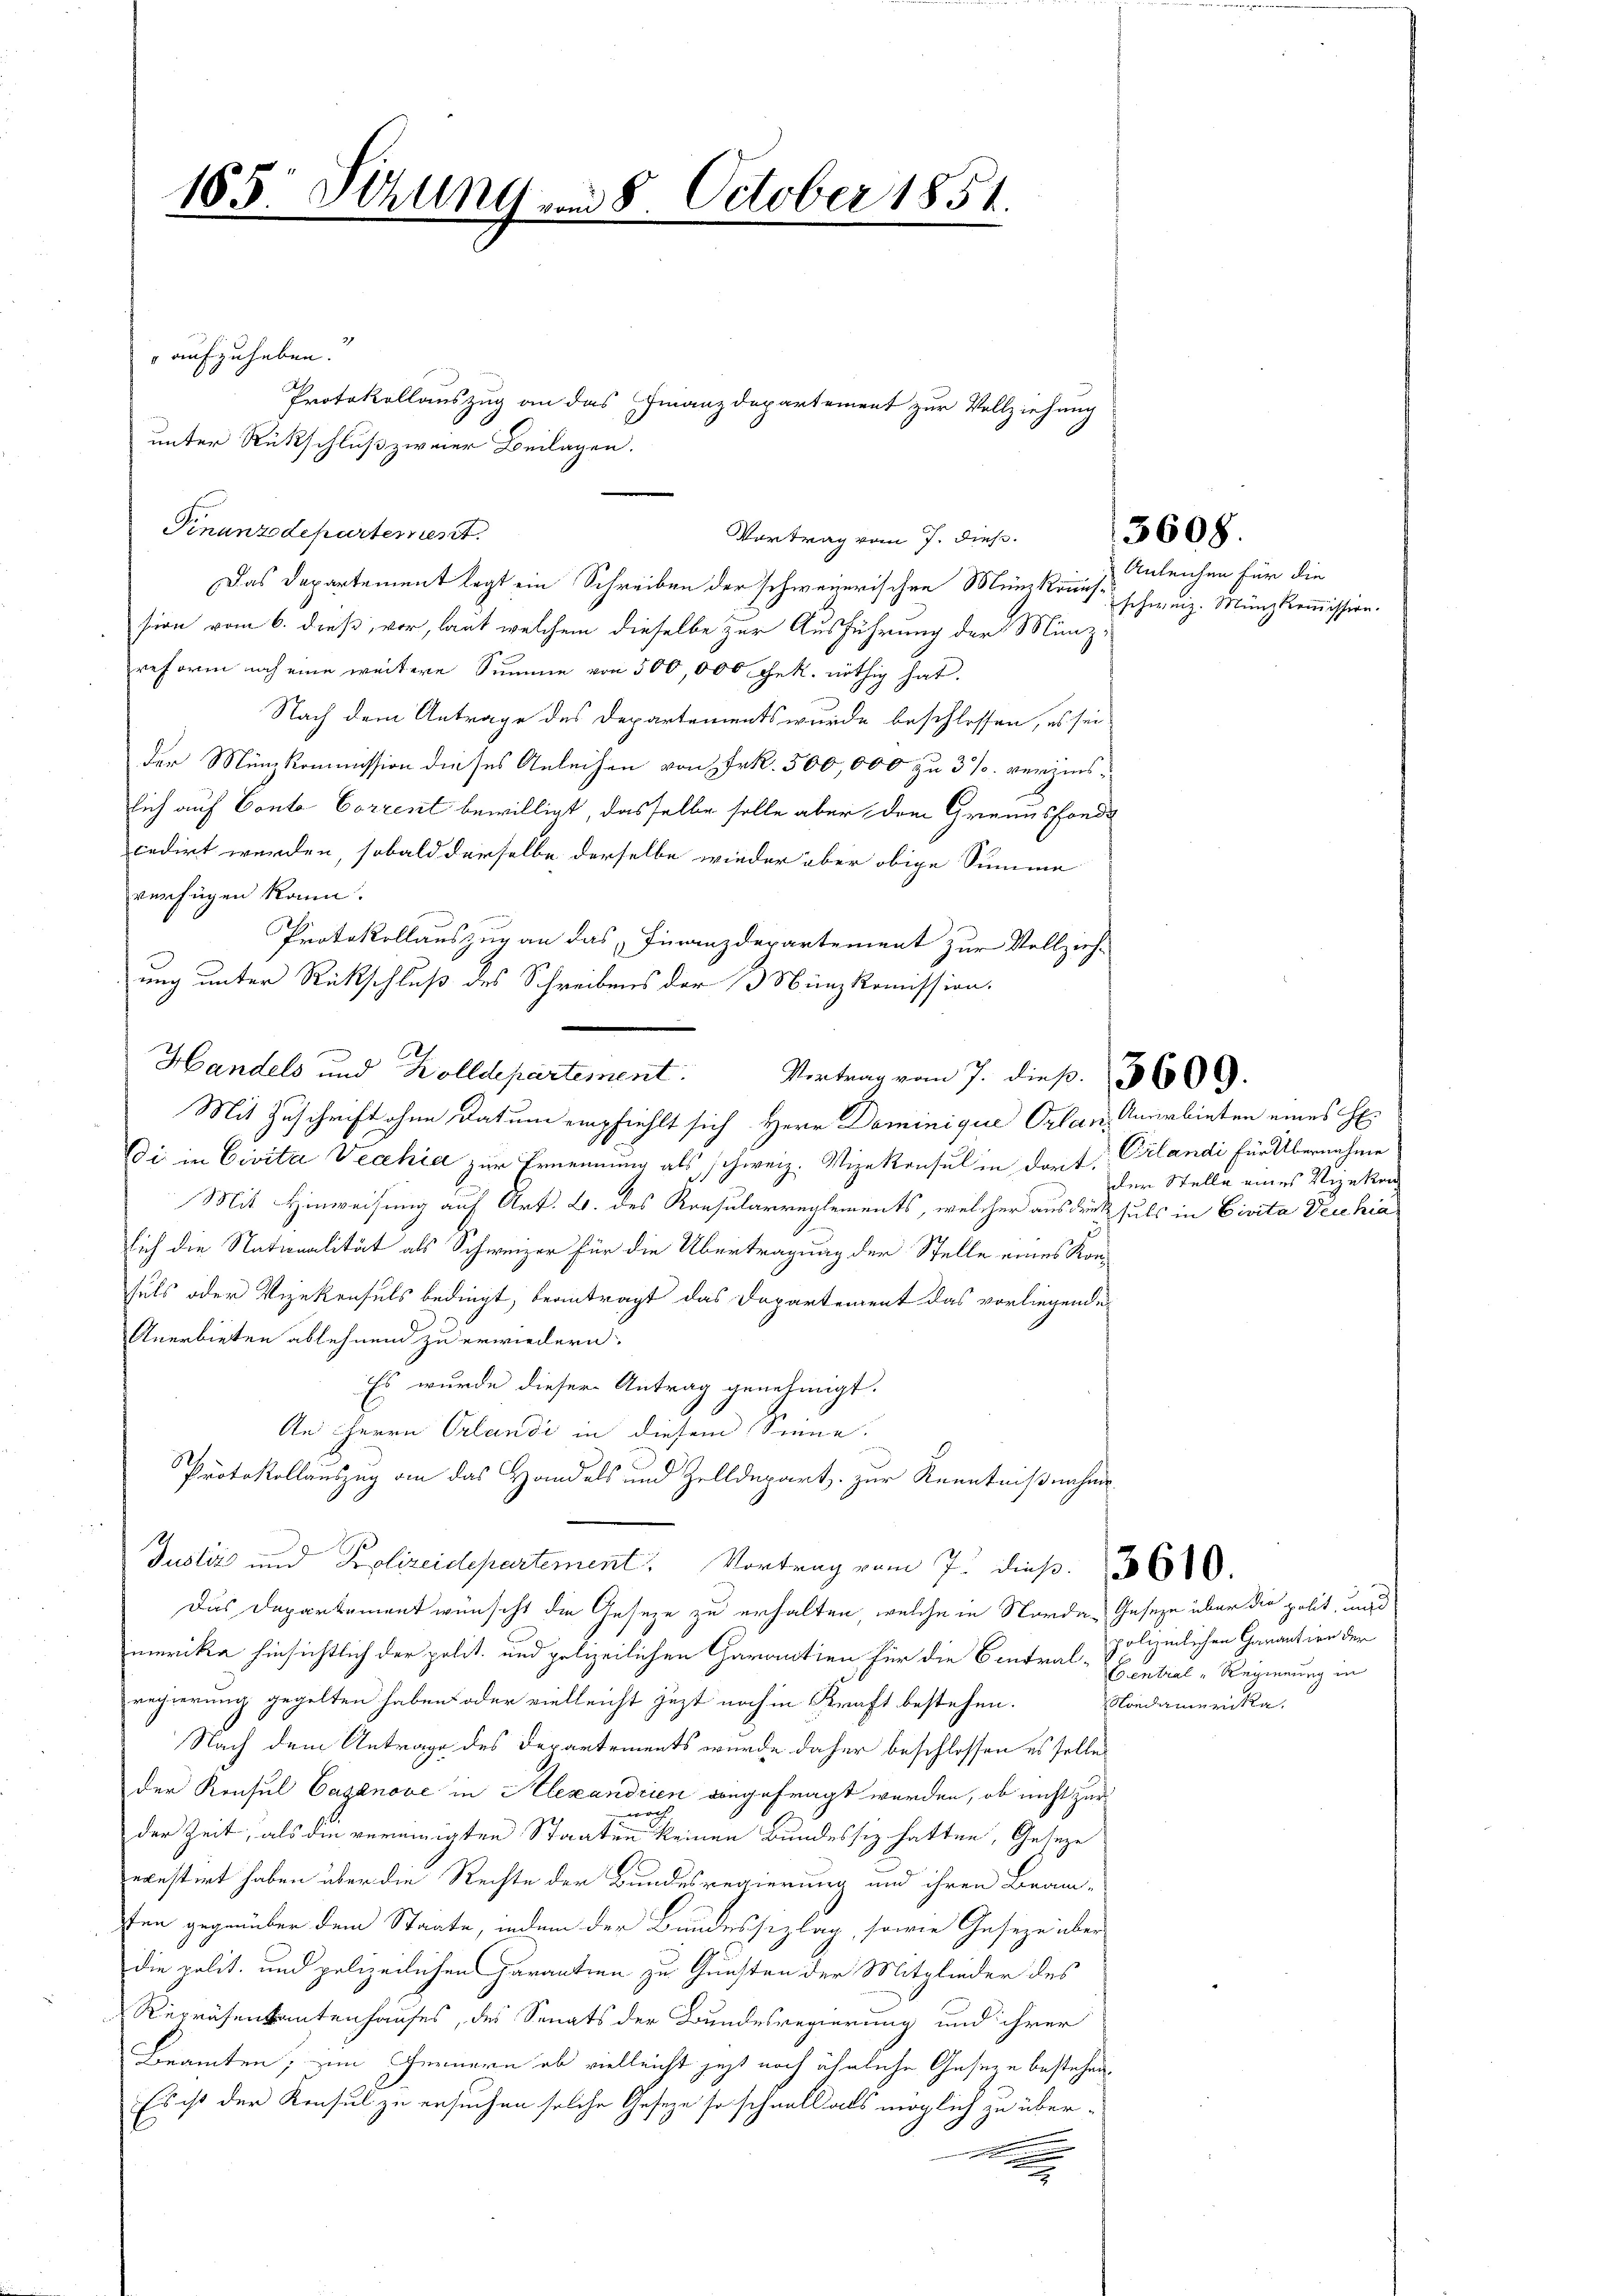
185. Serung am 8. October 1854.
.

" aufzuheben.
Finanzdepartement.
Das Departement legt ein Schreiben der schweinerischen Münzkönussion vom 6. dieß, vor, laut welchem dieselbe zur Ausführung der Münz-
reform noch eine weitere Summe von 500,000 Gek. nöthig hat.
Nach dem Antrage des Departements wurde beschlossen, es sei
der Münkommission dieses Anleihen von Frk. 500,000 zu 3 % verzinslich auf Conto Corrent bewilligt, dasselbe solle aber dem Grandsfonde
cedirt werden, sobald derselbe derselbe wieder über obige Summe
verfügen kann.
Protokollauszug an das Finanzdepartement zur Vollziehung unter Rückschluß des Schreibens der 3 Nünzkommission.
.
Handels und Zolldepartement
Vortrag vom 7. dieß. 5600.
Mit Zuschrift ohne Datum empfiehlt sich Herr Dominique Orlan, Anerbieten eines H
Di in Civita Vechia zur Ernennung als schweiz. Vizekonsul in dort. Vilandi für Übernahme
Mit Hinweisung auf Art. B. des Konsularreglements, welcher ausdruck suls in Civita Deichia
sich die Nationalität als Schweizer für die Übertragung der Stelle eines Konsuls oder Vizekonsuls bedingt, beantragt das Dapartement das vorliegende
Anerbieten ablehnend zu erwiedern.
Es wurde dieser Antrag genehmigt.
An Herrn Orlandi in diesem Sinne.
Protokollauszug an das Handels und Zelldepart zur Kenntnißnahme
Justiz und Polizeidepartement. Vortrag vom 7. dieß. 360.
Das Departement wünscht die Geseze zu erhalten, welche in Norde Geseze über die polit, und
merika hinsichtlich der polit. und polizeilichen Carantien für die Central-
regierung gegelten haben oder vielleicht jezt noch in Kraft bestehen.
Nach dem Antrage des Departements wurde daher beschlossen es solle
der Konsul Casanove in Alexandrien angefragt werden, ob nicht zur
e
der Zeit, als die vereinigten Staaten keinen Bundessiz hatten, Geseze
degestirt haben über die Rechte der Bundesregierung und ihren Beam-
ten gegenüber dem Staate, indem der Bundeshizlag, sowie Geseze über
die polit. und polizeilichen Parantien zu Gunsten der Mitglieder des
Repräsentantenhauses, des Senats der Bundesregierung und ihrer
Beamten, um Jennern ob vielleicht jetzt noch ähnliche Geseze bestehen.
Es ist der Konsul zu ersuchen solche Geseze so schnell als möglich zu über¬
.

Protokollauszug an das Finanzdepartement zur Vollziehung
unter Rückschluß zweier Beilagen.

Vortrag vom 7. dieß.

3608.

Anleichen für die
schweiz. Münzkommission.

der Stelle eines Vizekon

polizeilichen Garantien der
Central-Regierung in
Nondamerika.